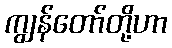
ကျွန်တော်တို့ဟာ